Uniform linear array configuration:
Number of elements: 24
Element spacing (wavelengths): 0.75
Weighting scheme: hann
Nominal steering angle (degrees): -60
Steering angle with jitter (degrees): -59.634
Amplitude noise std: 0.05
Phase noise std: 0.05

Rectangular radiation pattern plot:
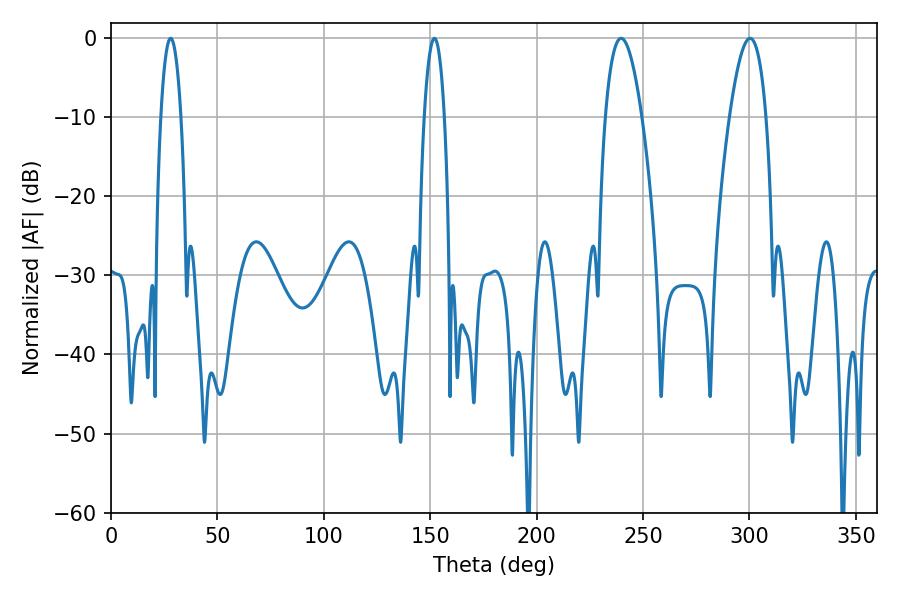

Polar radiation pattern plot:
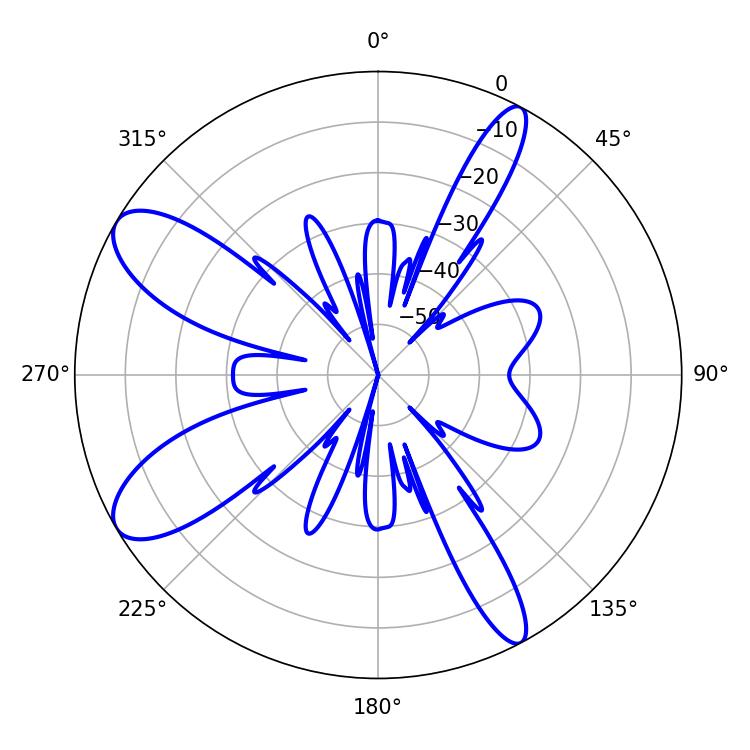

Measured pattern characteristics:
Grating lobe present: TRUE
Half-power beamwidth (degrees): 9.54
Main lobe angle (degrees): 239.76